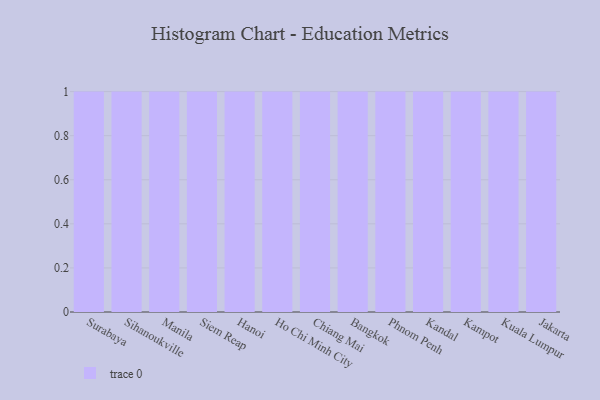
{"axis": {"x": "City", "y": "LTV (USD)"}, "legend": [""], "data": [{"x": "Surabaya", "y": 65, "type": ""}, {"x": "Sihanoukville", "y": 46, "type": ""}, {"x": "Manila", "y": 98, "type": ""}, {"x": "Siem Reap", "y": 71, "type": ""}, {"x": "Hanoi", "y": 96, "type": ""}, {"x": "Ho Chi Minh City", "y": 7, "type": ""}, {"x": "Chiang Mai", "y": 6, "type": ""}, {"x": "Bangkok", "y": 63, "type": ""}, {"x": "Phnom Penh", "y": 27, "type": ""}, {"x": "Kandal", "y": 2, "type": ""}, {"x": "Kampot", "y": 46, "type": ""}, {"x": "Kuala Lumpur", "y": 78, "type": ""}, {"x": "Jakarta", "y": 77, "type": ""}]}